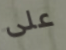
على